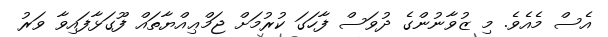
އެސް މެއެވެ. މި ޒުވާނުންގެ ދުވަސް ފާހަގަ ކުރުމަށް ޖަމްޢިއްޔާތައް ފޫގަޅާފައިވާ ވަރު